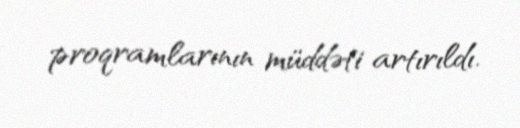
proqramlarının müddəti artırıldı.